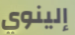
إلينوي